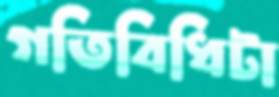
গতিবিধিটা